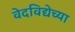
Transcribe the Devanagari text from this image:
वेदविद्येच्या